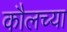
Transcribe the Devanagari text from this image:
कौलच्या